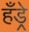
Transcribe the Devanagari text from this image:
हँड्रे